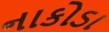
નાકોડા